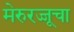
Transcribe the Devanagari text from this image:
मेरुरज्जूचा